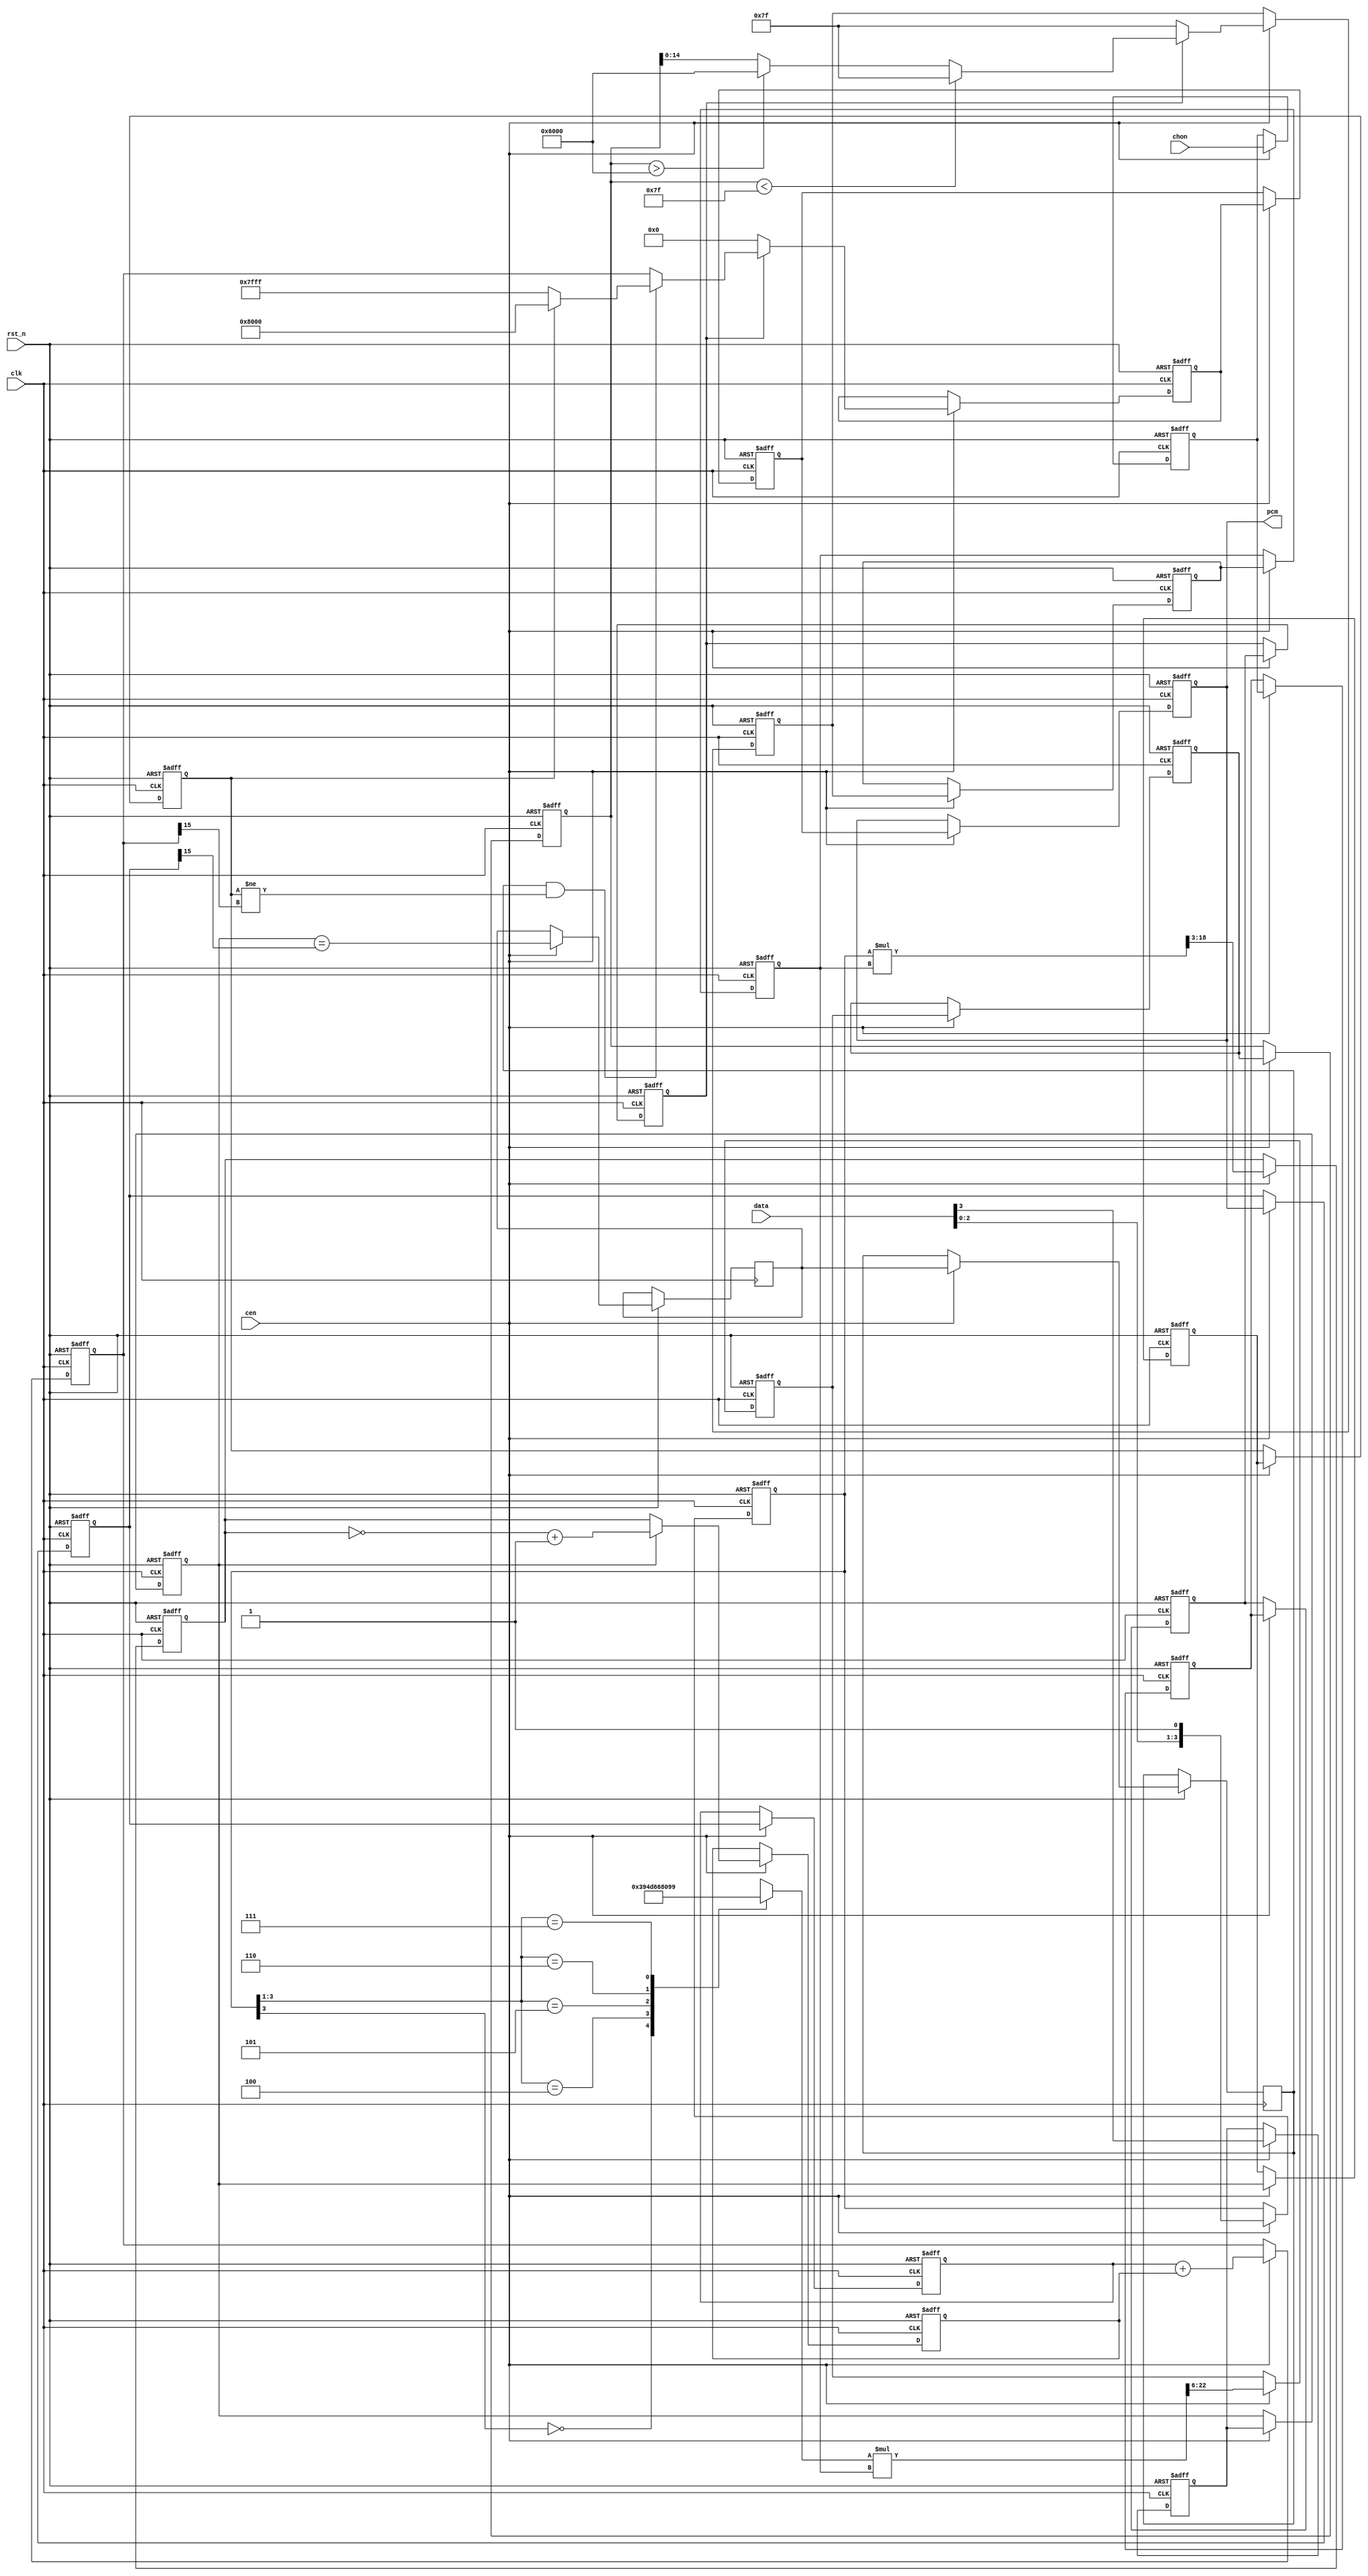
// This program was cloned from: https://github.com/MiSTer-devel/NeoGeo_MiSTer
// License: GNU General Public License v2.0

/* This file is part of JT12.

 
    JT12 program is free software: you can redistribute it and/or modify
    it under the terms of the GNU General Public License as published by
    the Free Software Foundation, either version 3 of the License, or
    (at your option) any later version.

    JT12 program is distributed in the hope that it will be useful,
    but WITHOUT ANY WARRANTY; without even the implied warranty of
    MERCHANTABILITY or FITNESS FOR A PARTICULAR PURPOSE.  See the
    GNU General Public License for more details.

    You should have received a copy of the GNU General Public License
    along with JT12.  If not, see <http://www.gnu.org/licenses/>.

    Author: Jose Tejada Gomez. Twitter: @topapate
    Version: 1.0
    Date: 21-03-2019
*/

// Sampling rates: 2kHz ~ 55.5 kHz. in 0.85Hz steps

module jt10_adpcm_dt(
    input           rst_n,
    input           clk,        // CPU clock
    input           cen,        // optional clock enable, if not needed leave as 1'b1
    input   [3:0]   data,
    input           chon,       // high if this channel is on
    output signed [15:0] pcm
);

localparam stepw = 15;

reg signed [15:0] x1, x2, x3, x4, x5, x6;
reg [stepw-1:0] step1, step2, step6;
reg [stepw+1:0] step3, step4, step5;
assign pcm = x2;

reg  [18:0] d2l;
reg  [15:0] d3,d4;
reg  [3:0]  d2;
reg         sign2, sign3, sign4, sign5;
reg  [7:0]  step_val;
reg  [22:0] step2l;

always @(*) begin
    casez( d2[3:1] )
        3'b0_??: step_val = 8'd57;
        3'b1_00: step_val = 8'd77;
        3'b1_01: step_val = 8'd102;
        3'b1_10: step_val = 8'd128;
        3'b1_11: step_val = 8'd153;
    endcase // data[2:0]
    d2l    = d2 * step2; // 4 + 15 = 19 bits -> div by 8 -> 16 bits
    step2l = step_val * step2; // 15 bits + 8 bits = 23 bits -> div 64 -> 17 bits
end

// Original pipeline: 6 stages, 6 channels take 36 clock cycles
// 8 MHz -> /12 divider -> 666 kHz
// 666 kHz -> 18.5 kHz = 55.5/3 kHz

reg chon2, chon3, chon4, chon5;
reg signEqu4, signEqu5;
reg [3:0] data2;

always @( posedge clk or negedge rst_n )
    if( ! rst_n ) begin
        x1 <= 'd0; step1 <= 'd127; 
        x2 <= 'd0; step2 <= 'd127;
        x3 <= 'd0; step3 <= 'd127;
        x4 <= 'd0; step4 <= 'd127;
        x5 <= 'd0; step5 <= 'd127;
        x6 <= 'd0; step6 <= 'd127;
        d2 <= 'd0; d3 <= 'd0; d4 <= 'd0;
        sign2 <= 'b0;
        sign3 <= 'b0;
        sign4 <= 'b0; sign5 <= 'b0;
        chon2 <= 'b0;   chon3 <= 'b0;   chon4 <= 'b0; chon5 <= 1'b0;
    end else if(cen) begin
        // I
        d2        <= {data[2:0],1'b1};
        sign2     <= data[3];
        data2     <= data;
        x2        <= x1;
        step2     <= step1;
        chon2     <= chon;
        // II multiply and obtain the offset
        d3        <= d2l[18:3]; // 16 bits
        sign3     <= sign2;
        x3        <= x2;
        step3     <= step2l[22:6];
        chon3     <= chon2;
        // III 2's complement of d3 if necessary
        d4        <= sign3 ? ~d3+16'b1 : d3;
        sign4     <= sign3;
        signEqu4  <= sign3 == x3[15];
        x4        <= x3;
        step4     <= step3;
        chon4     <= chon3;
        // IV   Advance the waveform
        x5        <= x4+d4;
        sign5     <= sign4;
        signEqu5  <= signEqu4;
        step5     <= step4;
        chon5     <= chon4;
        // V: limit or reset outputs
        if( chon5 ) begin
            if( signEqu5 && (sign5!=x5[15]) )
                x6 <= sign5 ? 16'h8000 : 16'h7FFF;
            else
                x6 <= x5;

            if( step5 < 127 )
                step6  <= 15'd127;
            else if( step5 > 24576 )
                step6  <= 15'd24576;
            else
                step6 <= step5[14:0];
        end else begin
            x6      <= 'd0;
            step6   <= 'd127;
        end
        // VI: close the loop
        x1    <= x6;
        step1 <= step6;
    end


endmodule // jt10_adpcm